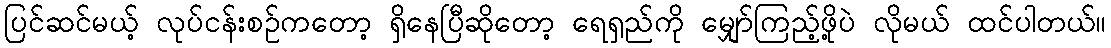
ပြင်ဆင်မယ့် လုပ်ငန်းစဉ်ကတော့ ရှိနေပြီဆိုတော့ ရေရှည်ကို မျှော်ကြည့်ဖို့ပဲ လိုမယ် ထင်ပါတယ်။